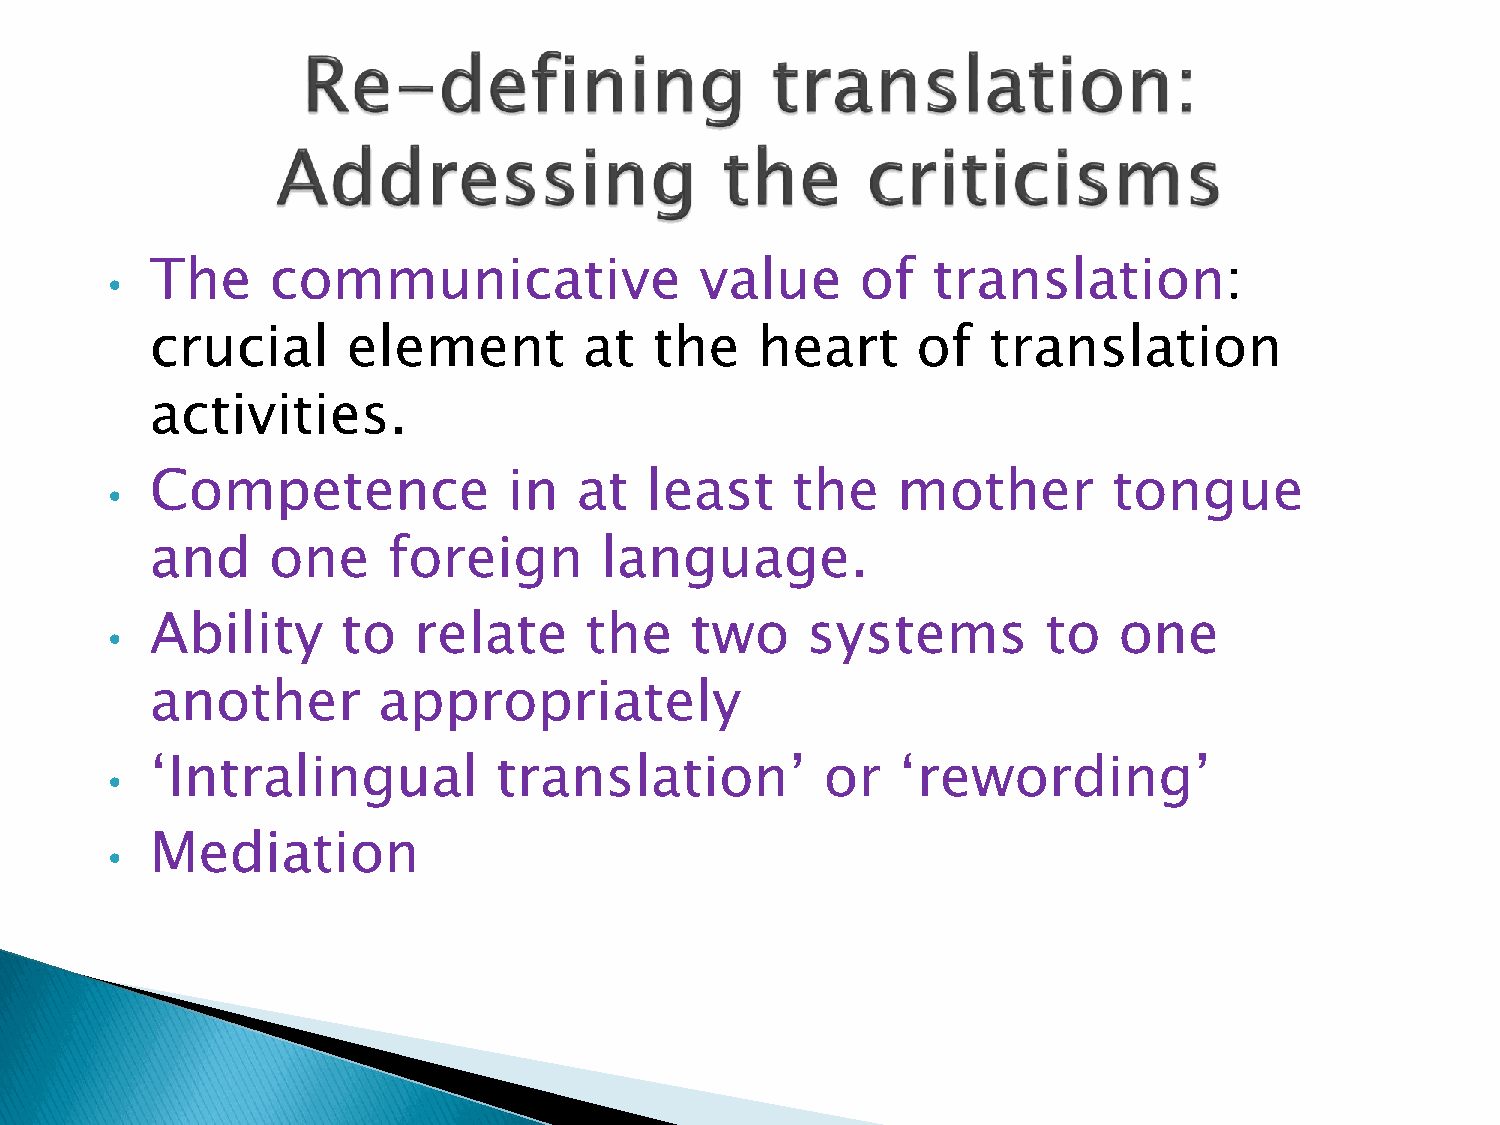
The     communicative               value      of   translation:
 •
 crucial      element         at  the    heart      of  translation
 activities.
 Competence              in  at   least    the    mother         tongue
 •
 and     one     foreign       language.
 Ability      to  relate      the    two    systems         to   one
 •
 another        appropriately
 ‘Intralingual          translation’          or   ‘rewording’
 •
 Mediation
 •